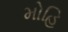
મોહિ